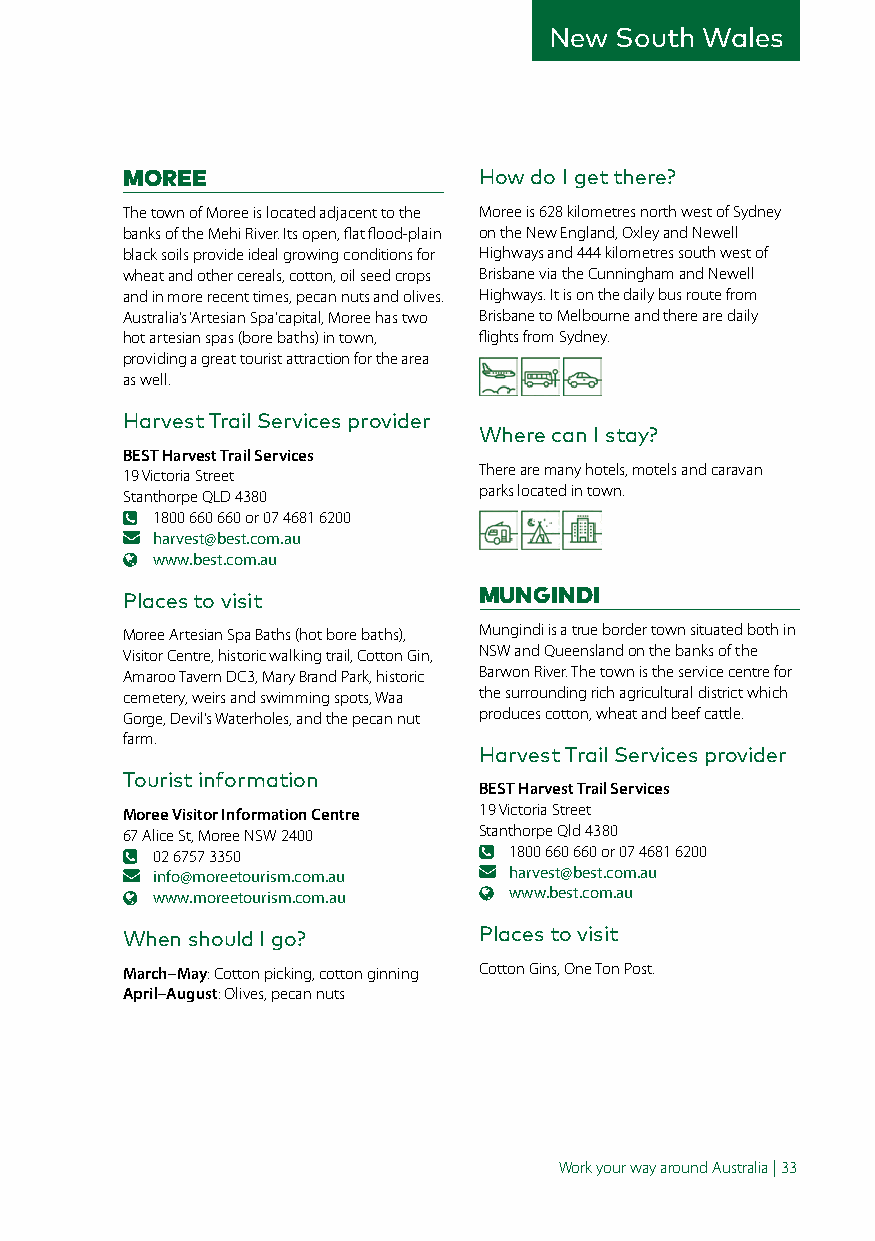
New  South Wales
 MOREE                   How do I get there?
 The town of Moree is located adjacent to the Moree is 628 kilometres north west of Sydney
 banks of the Mehi River. Its open, flat flood-plain on the New England, Oxley and Newell
 black soils provide ideal growing conditions for Highways and 444 kilometres south west of
 wheat and other cereals, cotton, oil seed crops Brisbane via the Cunningham and Newell
 and in more recent times, pecan nuts and olives. Highways. It is on the daily bus route from
 Australia’s ‘Artesian Spa’ capital, Moree has two Brisbane to Melbourne and there are daily
 hot artesian spas (bore baths) in town, flights from Sydney.
 providing a great tourist attraction for the area
 as well.
 Harvest Trail Services provider
 Where can I stay?
 BEST Harvest Trail Services
 There are many hotels, motels and caravan
 19 Victoria Street
 parks located in town.
 Stanthorpe QLD 4380
 1800 660 660 or 07 4681 6200
 harvest@best.com.au
 www.best.com.au
 Places to visit         MUNGINDI
 Moree Artesian Spa Baths (hot bore baths), Mungindi is a true border town situated both in
 Visitor Centre, historic walking trail, Cotton Gin, NSW and Queensland on the banks of the
 Amaroo Tavern DC3, Mary Brand Park, historic Barwon River. The town is the service centre for
 cemetery, weirs and swimming spots, Waa the surrounding rich agricultural district which
 Gorge, Devil’s Waterholes, and the pecan nut produces cotton, wheat and beef cattle.
 farm.
 Harvest Trail Services provider
 Tourist information
 BEST Harvest Trail Services
 Moree Visitor Information Centre 19 Victoria Street
 67 Alice St, Moree NSW 2400 Stanthorpe Qld 4380
 02 6757 3350            1800 660 660 or 07 4681 6200
 info@moreetourism.com.au harvest@best.com.au
 www.moreetourism.com.au www.best.com.au
 When should I go?       Places to visit
 March–May: Cotton picking, cotton ginning Cotton Gins, One Ton Post.
 April–August: Olives, pecan nuts
 Work your way around Australia | 33